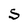
Character: S